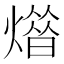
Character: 𤎳